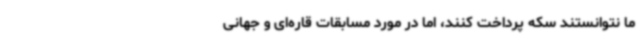
ما نتوانستند سکه پرداخت کنند، اما در مورد مسابقات قاره‌ای و جهانی